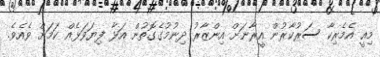
މިއީ އެމެރިކާ ސަރުކާރުން އީރާނަށް އިންޒާރު ދިނުމުގެގޮތުން އަޅާ ފިޔަވަޅެއް ކަމަށް ވެއެވެ.